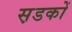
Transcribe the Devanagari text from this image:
स़डकों